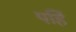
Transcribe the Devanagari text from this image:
पहिं